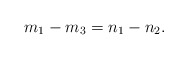
\begin{align*}m_1-m_3=n_1-n_2.\end{align*}